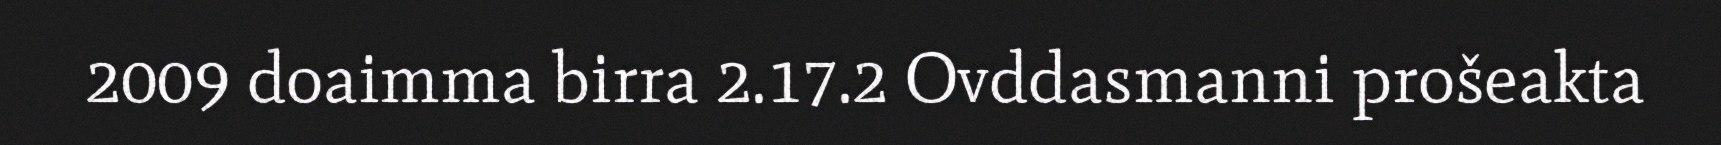
2009 doaimma birra 2.17.2 Ovddasmanni prošeakta